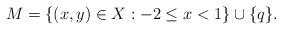
LaTeX: \begin{align*}M=\{(x,y)\in X : -2\leq x<1\}\cup \{q\}. \end{align*}